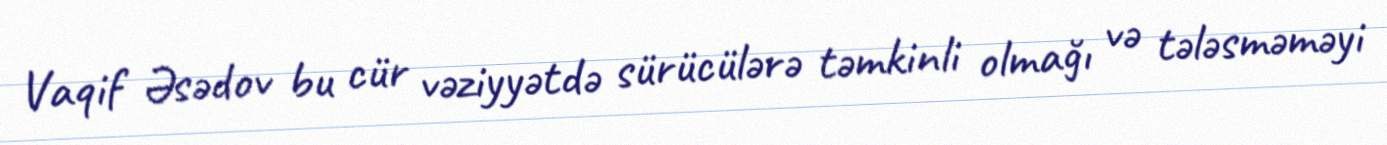
Vaqif Əsədov bu cür vəziyyətdə sürücülərə təmkinli olmağı və tələsməməyi